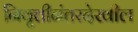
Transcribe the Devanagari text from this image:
निवृत्तीनंतरदेखील